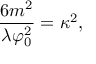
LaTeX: \frac { 6 m ^ { 2 } } { \lambda \varphi _ { 0 } ^ { 2 } } = \kappa ^ { 2 } ,